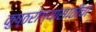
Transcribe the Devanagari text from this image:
कुष्ठरोग्यांसाठीचा